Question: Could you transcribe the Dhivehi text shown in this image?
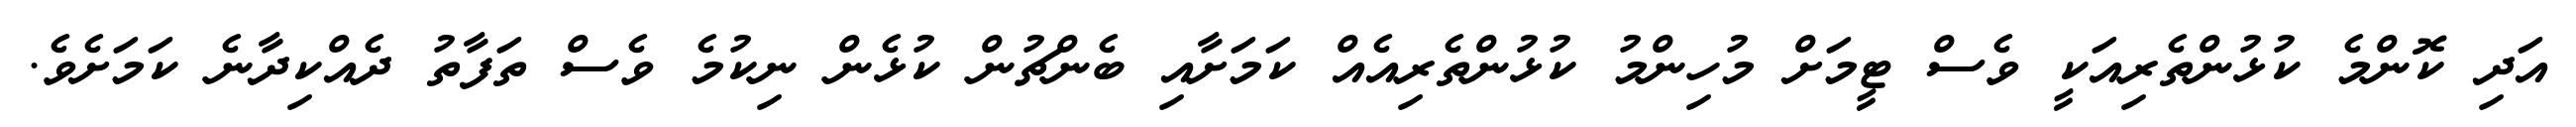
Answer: އަދި ކޮންމެ ކުޅުންތެރިއަކީ ވެސް ޓީމަށް މުހިންމު ކުޅުންތެރިއެއް ކަމަށާއި ބެންޗުން ކުޅެން ނިކުމެ ވެސް ތަފާތު ދެއްކިދާނެ ކަމަށެވެ.